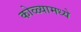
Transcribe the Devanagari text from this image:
कोळ्यामध्ये